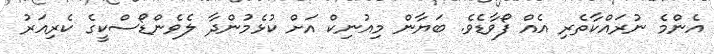
އެންމެ ނުރައްކާތެރި އެއް ފޯވާޑެވެ. ބަޔާން މިއުނިކް އަށް ކުޅެމުންދާ ލެވެންޑޯސްކީގެ ކެރިއަރު